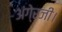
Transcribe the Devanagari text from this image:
अंगे्रजी।